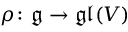
\rho \colon { \mathfrak { g } } \to { \mathfrak { g l } } ( V )